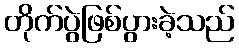
တိုက်ပွဲဖြစ်ပွားခဲ့သည်